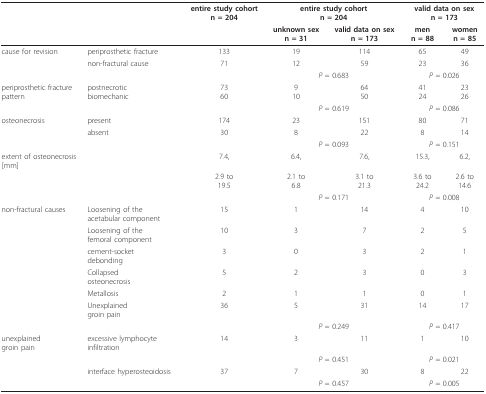
|  |  | entire study cohortn = 204 | <COLSPAN=2> entire study cohortn = 204 | <COLSPAN=2> valid data on sexn = 173 |
 |  |  |  | unknown sexn = 31 | valid data on sexn = 173 | menn = 88 | womenn = 85 |
 | --- | --- | --- | --- | --- | --- | --- |
 | cause for revision | periprosthetic fracture | 133 | 19 | 114 | 65 | 49 |
 |  | non-fractural cause | 71 | 12 | 59 | 23 | 36 |
 |  |  |  | <COLSPAN=2> P = 0.683 | <COLSPAN=2> P = 0.026 |
 | periprosthetic fracturepattern | postnecroticbiomechanic | 7360 | 910 | 6450 | 4124 | 2326 |
 |  |  |  | <COLSPAN=2> P = 0.619 | <COLSPAN=2> P = 0.086 |
 | osteonecrosis | present | 174 | 23 | 151 | 80 | 71 |
 |  | absent | 30 | 8 | 22 | 8 | 14 |
 |  |  |  | <COLSPAN=2> P = 0.093 | <COLSPAN=2> P = 0.151 |
 | <COLSPAN=2> extent of osteonecrosis[mm] | 7.4, | 6.4, | 7.6, | 15.3, | 6.2, |
 |  |  | 2.9 to19.5 | 2.1 to6.8 | 3.1 to21.3 | 3.6 to24.2 | 2.6 to14.6 |
 |  |  |  | <COLSPAN=2> P = 0.171 | <COLSPAN=2> P = 0.008 |
 | non-fractural causes | Loosening of theacetabular component | 15 | 1 | 14 | 4 | 10 |
 |  | Loosening of thefemoral component | 10 | 3 | 7 | 2 | 5 |
 |  | cement-socketdebonding | 3 | 0 | 3 | 2 | 1 |
 |  | Collapsedosteonecrosis | 5 | 2 | 3 | 0 | 3 |
 |  | Metallosis | 2 | 1 | 1 | 0 | 1 |
 |  | Unexplainedgroin pain | 36 | 5 | 31 | 14 | 17 |
 |  |  |  | <COLSPAN=2> P = 0.249 | <COLSPAN=2> P = 0.417 |
 | unexplainedgroin pain | excessive lymphocyteinfiltration | 14 | 3 | 11 | 1 | 10 |
 |  |  |  | <COLSPAN=2> P = 0.451 | <COLSPAN=2> P = 0.021 |
 |  | interface hyperosteoidosis | 37 | 7 | 30 | 8 | 22 |
 |  |  |  | <COLSPAN=2> P = 0.457 | <COLSPAN=2> P = 0.005 |